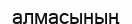
алмасының